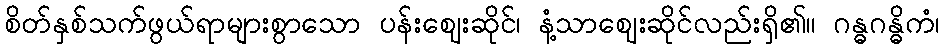
စိတ်နှစ်သက်ဖွယ်ရာများစွာသော ပန်းဈေးဆိုင်၊ နံ့သာဈေးဆိုင်လည်းရှိ၏။ ဂန္ဓဂန္ဓိကံ၊